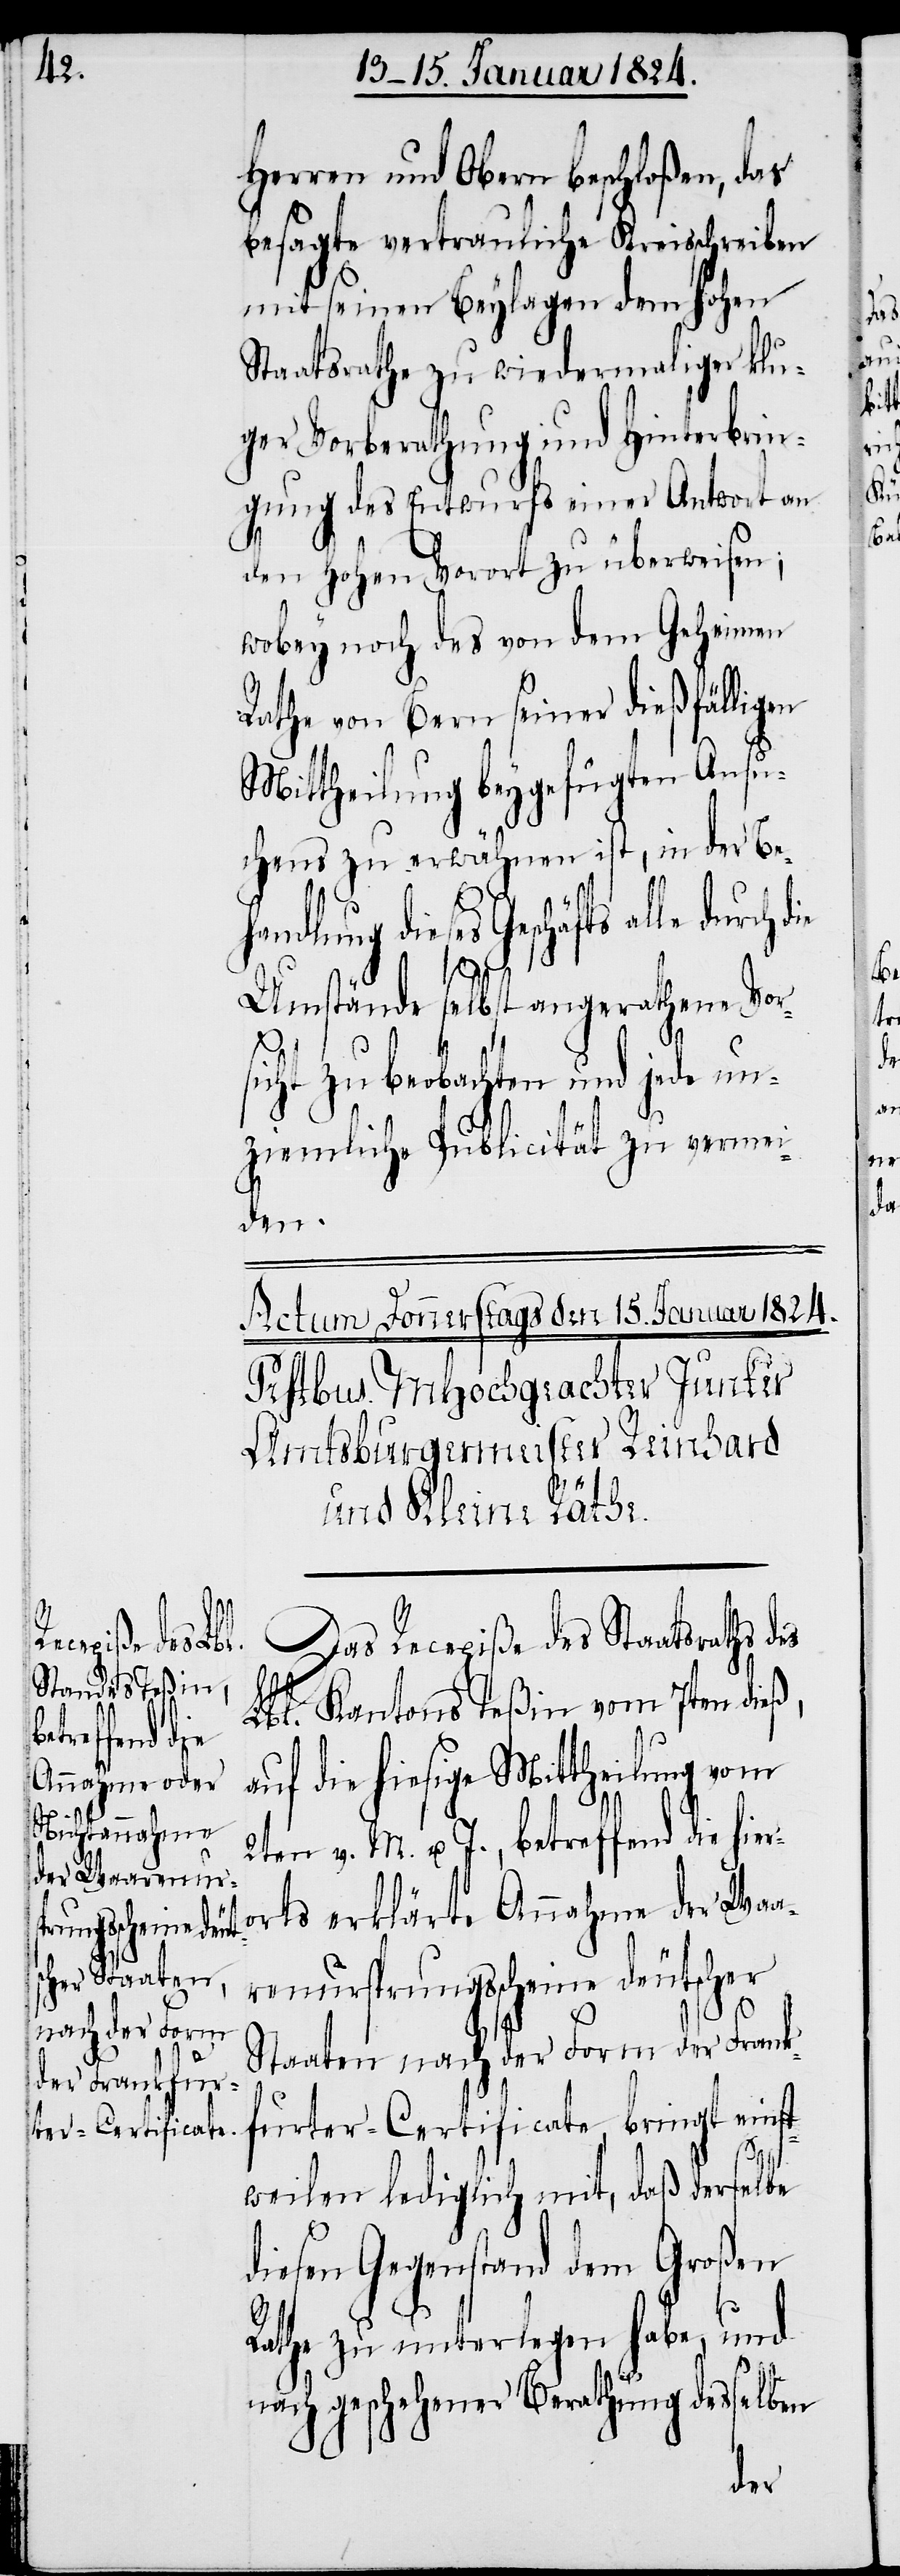
durch die

Herren und Obern beschloßen, das
besagte vertrauliche Kreisschreiben
mit seinen Beylagen dem hohen
Staatsrathe zu wiedermaliger klu¬
ger Vorberathung und Hinterbrin¬
gung des Entwurfs einer Antwort an
den hohen Vorort zu überweisen;
wobey noch das von dem Geheimen
Rathe von Bern seiner dießfälligen
Mittheilung beygefügten Ansu¬
chens zu erwähnen ist, in der Be¬
handlung dieses Geschäfts
r¬
Umstände selbst angerathene Vor¬
s¬
icht zu beobachten und jede un¬
ziemliche Publicität zu vermei¬
den.
Das Recepiße des Staatsraths des
Lbl. Kantons Teßin vom 7ten dieß,
auf die hiesige Mittheilung vom
2ten v. M. u. J., betreffend die hie¬
orts erklärte Annahme der Waa¬
renursprungsscheine deutscher
Staaten nach der Form der Frank¬
furter-Certificate, bringt einst¬
weilen lediglich mit, daß derselbe
diesen Gegenstand dem Großen
Rathe zu unterlegen habe, und
nach geschehener Berathung desselben